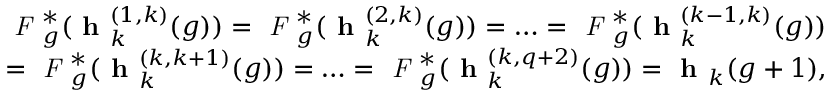
\begin{array} { r l } & { \emph { F } _ { g } ^ { * } ( \textbf { h } _ { k } ^ { ( 1 , k ) } ( g ) ) = \emph { F } _ { g } ^ { * } ( \textbf { h } _ { k } ^ { ( 2 , k ) } ( g ) ) = \ldots = \emph { F } _ { g } ^ { * } ( \textbf { h } _ { k } ^ { ( k - 1 , k ) } ( g ) ) } \\ & { = \emph { F } _ { g } ^ { * } ( \textbf { h } _ { k } ^ { ( k , k + 1 ) } ( g ) ) = \ldots = \emph { F } _ { g } ^ { * } ( \textbf { h } _ { k } ^ { ( k , q + 2 ) } ( g ) ) = \textbf { h } _ { k } ( g + 1 ) , } \end{array}